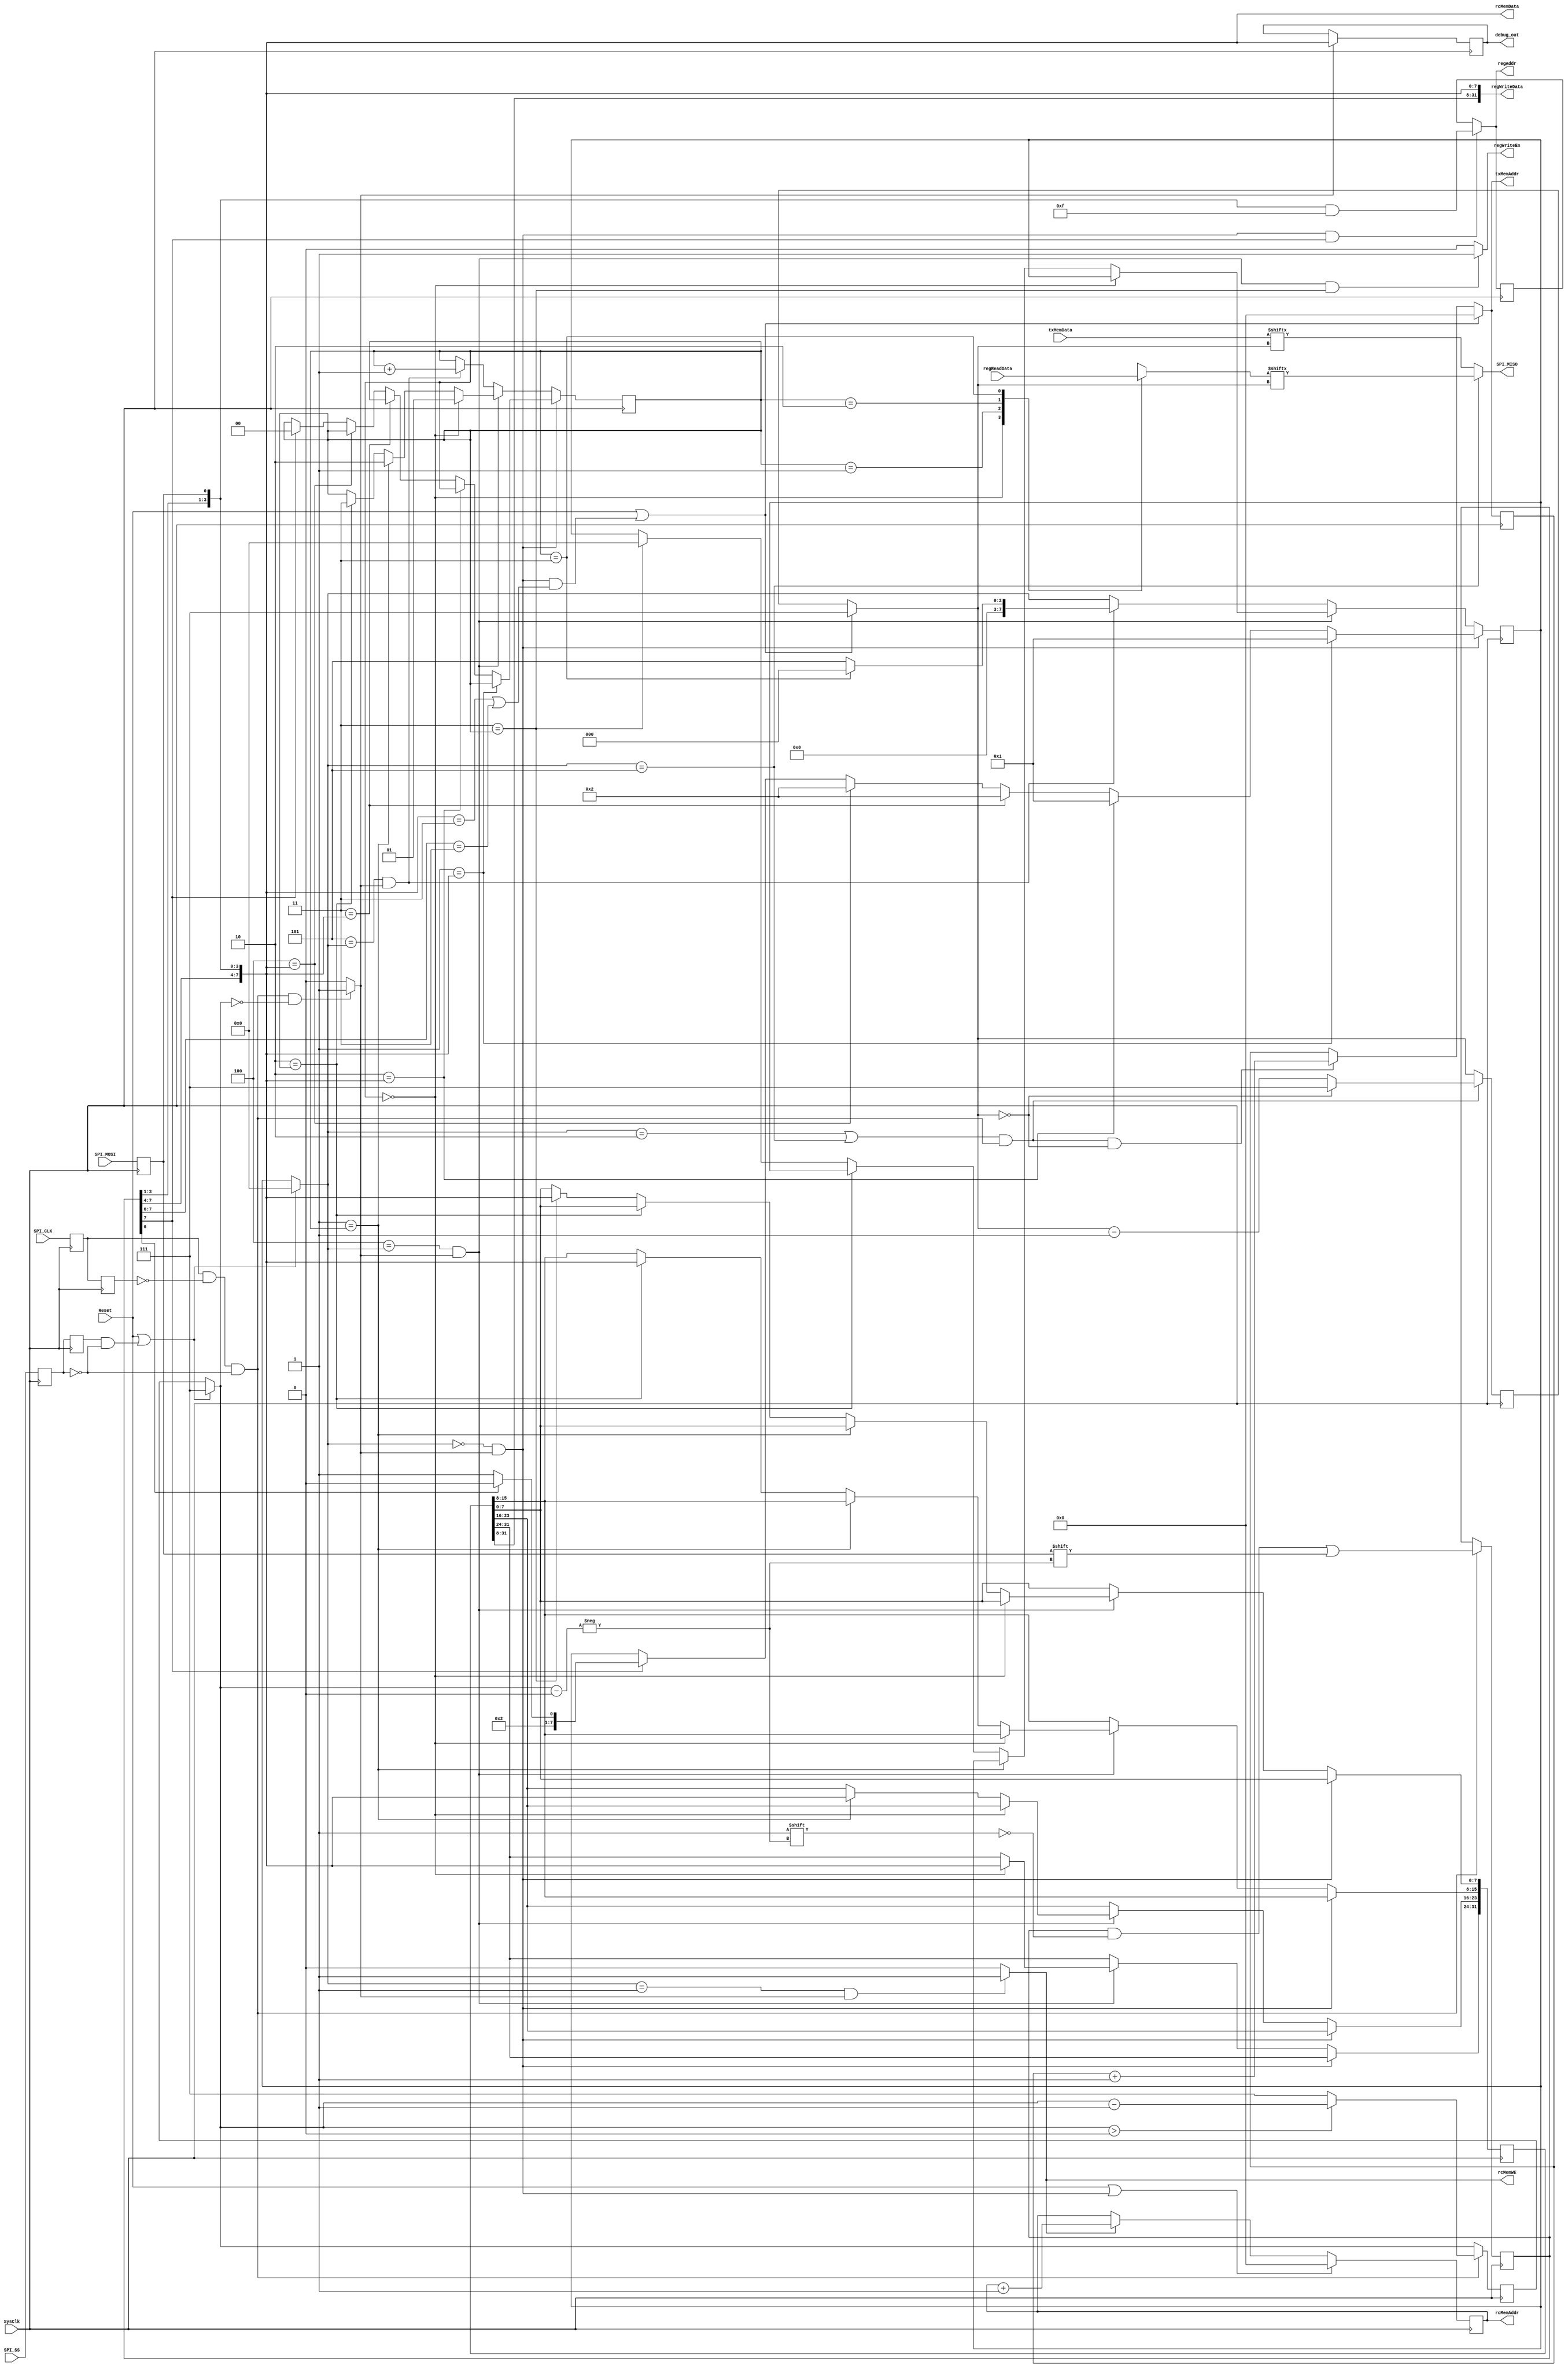
`timescale 1ns / 1ps
//////////////////////////////////////////////////////////////////////////////////
// Company: 
// Engineer: 
// 
// Design Name: 
// Module Name:    spiifc 
// Project Name: 
// Target Devices: 
// Tool versions: 
// Description: 
//
// Dependencies: 
//
// Revision: 
// Revision 0.01 - File Created
// Additional Comments: 
//
//////////////////////////////////////////////////////////////////////////////////
module spiifc(
  Reset,
  SysClk,
  SPI_CLK,
  SPI_MISO,
  SPI_MOSI,
  SPI_SS,
  txMemAddr,
  txMemData,
  rcMemAddr,
  rcMemData,
  rcMemWE,
  regAddr,
  regReadData,
  regWriteEn,
  regWriteData,
  debug_out
);

//
// Parameters
//
parameter AddrBits = 12;
parameter RegAddrBits = 4;

//
// Defines
//
`define CMD_READ_START    8'd1
`define CMD_READ_MORE     8'd2
`define CMD_WRITE_START   8'd3
`define CMD_WRITE_MORE    8'd4
`define CMD_INTERRUPT     8'd5

`define CMD_REG_BASE      8'd128
`define CMD_REG_BIT       7
`define CMD_REG_WE_BIT    6
`define CMD_REG_ID_MASK   8'h3F

`define STATE_GET_CMD     8'd0
`define STATE_READING     8'd1
`define STATE_WRITING     8'd2
`define STATE_WRITE_INTR  8'd3
`define STATE_BUILD_WORD  8'd4
`define STATE_SEND_WORD   8'd5

//
// Input/Outputs
//
input                    Reset;
input                    SysClk;

input                    SPI_CLK;
output                   SPI_MISO;     // outgoing (from respect of this module)
input                    SPI_MOSI;     // incoming (from respect of this module)
input                    SPI_SS;

output [AddrBits-1:0]    txMemAddr;    // outgoing data
input           [7:0]    txMemData;
output [AddrBits-1:0]    rcMemAddr;    // incoming data
output          [7:0]    rcMemData;
output                   rcMemWE;

output [RegAddrBits-1:0] regAddr;       // Register read address (combinational)
input             [31:0] regReadData;   // Result of register read
output                   regWriteEn;    // Enable write to register, otherwise read
output            [31:0] regWriteData;  // Register write data


output          [7:0] debug_out;

//
// Registers
//
reg                   SPI_CLK_reg;    // Stabalized version of SPI_CLK
reg                   SPI_SS_reg;     // Stabalized version of SPI_SS
reg                   SPI_MOSI_reg;   // Stabalized version of SPI_MOSI

reg                   prev_spiClk;    // Value of SPI_CLK during last SysClk cycle
reg                   prev_spiSS;     // Value of SPI_SS during last SysClk cycle
reg             [7:0] state_reg;      // Register backing the 'state' wire
reg             [7:0] rcByte_reg;     // Register backing 'rcByte'
reg             [2:0] rcBitIndex_reg; // Register backing 'rcBitIndex'
reg    [AddrBits-1:0] rcMemAddr_reg;  // Byte addr to write MOSI data to
reg             [7:0] debug_reg;      // register backing debug_out signal
reg             [2:0] txBitIndex_reg; // Register backing txBitIndex
reg    [AddrBits-1:0] txMemAddr_reg;  // Register backing txAddr

reg             [7:0] command;        // Command being handled
reg            [31:0] rcWord;         // Incoming word being built
reg             [1:0] rcWordByteId;   // Which byte the in the rcWord to map to
reg [RegAddrBits-1:0] regAddr_reg;    // Address of register to read/write to

//
// Wires
//
wire                  risingSpiClk;       // Did the SPI_CLK rise since last SysClk cycle?
wire                  validSpiBit;        // Are the SPI MOSI/MISO bits new and valid?
reg             [7:0] state;              // Current state in the module's state machine (always @* effectively wire)
wire                  rcByteValid;        // rcByte is valid and new
wire            [7:0] rcByte;             // Byte received from master
wire            [2:0] rcBitIndex;         // Bit of rcByte to write to next
reg             [2:0] txBitIndex;         // bit of txByte to send to master next
reg    [AddrBits-1:0] txMemAddr_oreg;     // Wirereg piped to txMemAddr output
reg             [7:0] regReadByte_oreg;   // Which byte of the reg word we're reading out master

// Save buffered SPI inputs
always @(posedge SysClk) begin
  SPI_CLK_reg <= SPI_CLK;
  SPI_SS_reg <= SPI_SS;
  SPI_MOSI_reg <= SPI_MOSI;
end

// Detect new valid bit
always @(posedge SysClk) begin
  prev_spiClk <= SPI_CLK_reg;
end
assign risingSpiClk = SPI_CLK_reg & (~prev_spiClk);
assign validSpiBit = risingSpiClk & (~SPI_SS_reg);

// Detect new SPI packet (SS dropped low)
always @(posedge SysClk) begin
  prev_spiSS <= SPI_SS_reg;
end
assign packetStart = prev_spiSS & (~SPI_SS_reg);

// Build incoming byte
always @(posedge SysClk) begin
  if (validSpiBit) begin
    rcByte_reg[rcBitIndex] <= SPI_MOSI_reg;
    rcBitIndex_reg <= (rcBitIndex > 0 ? rcBitIndex - 1 : 7);
  end else begin
    rcBitIndex_reg <= rcBitIndex;
  end
end
assign rcBitIndex = (Reset || packetStart ? 7 : rcBitIndex_reg); 
assign rcByte = {rcByte_reg[7:1], SPI_MOSI_reg};
assign rcByteValid = (validSpiBit && rcBitIndex == 0 ? 1 : 0);

// Incoming MOSI data buffer management
assign rcMemAddr = rcMemAddr_reg;
assign rcMemData = rcByte;
assign rcMemWE = (state == `STATE_READING && rcByteValid ? 1 : 0);
always @(posedge SysClk) begin
  if (Reset || (`STATE_GET_CMD == state && rcByteValid)) begin
    rcMemAddr_reg <= 0;
  end else if (rcMemWE) begin
    rcMemAddr_reg <= rcMemAddr + 1;
  end else begin
    rcMemAddr_reg <= rcMemAddr;
  end
end

// Outgoing MISO data buffer management
always @(*) begin
  if (Reset || (state == `STATE_GET_CMD && rcByteValid && 
                  (rcByte == `CMD_WRITE_START || 
                   rcByte[`CMD_REG_BIT:`CMD_REG_WE_BIT] == 2'b11)
                )) begin
    txBitIndex <= 3'd7;
    txMemAddr_oreg <= 0;
  end else begin
    txBitIndex <= txBitIndex_reg;

    //txMemAddr_oreg <= txMemAddr_reg;
    if ((state == `STATE_WRITING || state == `STATE_SEND_WORD) && 
        validSpiBit && txBitIndex == 0) begin
      txMemAddr_oreg <= txMemAddr_reg + 1;
    end else begin
      txMemAddr_oreg <= txMemAddr_reg;
    end
    
  end
end
always @(posedge SysClk) begin
  if (validSpiBit && (state == `STATE_WRITING || state == `STATE_SEND_WORD)) begin
    txBitIndex_reg <= (txBitIndex == 0 ? 7 : txBitIndex - 1);
  end else begin
    txBitIndex_reg <= txBitIndex;
  end

  txMemAddr_reg <= txMemAddr;
//  if (state == `STATE_WRITING && validSpiBit && txBitIndex == 0) begin
//    txMemAddr_reg <= txMemAddr + 1;
//  end else begin
//    txMemAddr_reg <= txMemAddr;  
//  end
end
assign txMemAddr = txMemAddr_oreg;
assign SPI_MISO = (state == `STATE_SEND_WORD ? regReadByte_oreg[txBitIndex] : txMemData[txBitIndex]);

// State machine
always @(*) begin
  if (Reset || packetStart) begin
    state <= `STATE_GET_CMD;
// Handled in state_reg logic, should be latched, not immediate.
//  end else if (state_reg == `STATE_GET_CMD && rcByteValid) begin
//    state <= rcByte;
  end else begin
    state <= state_reg;
  end
end
always @(posedge SysClk) begin
  if (`STATE_GET_CMD == state && rcByteValid) begin
    if (`CMD_READ_START == rcByte) begin
      state_reg <= `STATE_READING;
    end else if (`CMD_READ_MORE == rcByte) begin
      state_reg <= `STATE_READING;
    end else if (`CMD_WRITE_START == rcByte) begin
      state_reg <= `STATE_WRITING;
    end else if (`CMD_WRITE_MORE == rcByte) begin
      state_reg <= `STATE_WRITING;
    end else if (rcByte[`CMD_REG_BIT] != 0) begin
      // Register access
      rcWordByteId <= 0;
      command <= `CMD_REG_BASE;               // Write reg           Read reg
      state_reg <= (rcByte[`CMD_REG_WE_BIT] ? `STATE_BUILD_WORD : `STATE_SEND_WORD);      
    end else if (`CMD_INTERRUPT == rcByte) begin
      // TODO: NYI
    end
  end else if (`STATE_BUILD_WORD == state && rcByteValid) begin
    if (0 == rcWordByteId) begin
      rcWord[31:24] <= rcByte;
      rcWordByteId <= 1;
    end else if (1 == rcWordByteId) begin
      rcWord[23:16] <= rcByte;
      rcWordByteId <= 2;
    end else if (2 == rcWordByteId) begin
      rcWord[15:8] <= rcByte;
      rcWordByteId <= 3;
    end else if (3 == rcWordByteId) begin
      rcWord[7:0] <= rcByte;
      state_reg <= `STATE_GET_CMD;
    end
  end else if (`STATE_SEND_WORD == state && rcByteValid) begin
    rcWordByteId <= rcWordByteId + 1;
    state_reg <= (rcWordByteId == 3 ? `STATE_GET_CMD : `STATE_SEND_WORD);
      
  end else begin
    state_reg <= state;
  end
end

// Register logic
assign regAddr = (`STATE_GET_CMD == state && rcByteValid && rcByte[`CMD_REG_BIT] ? (rcByte & `CMD_REG_ID_MASK) : regAddr_reg);
assign regWriteEn = (`STATE_BUILD_WORD == state && rcByteValid && 3 == rcWordByteId ? 1 : 0);
assign regWriteData = {rcWord[31:8], rcByte};
always @(posedge SysClk) begin
  regAddr_reg <= regAddr;
end
always @(*) begin
  case (rcWordByteId)
    0: regReadByte_oreg <= regReadData[31:24];
    1: regReadByte_oreg <= regReadData[23:16];
    2: regReadByte_oreg <= regReadData[15:8];
    3: regReadByte_oreg <= regReadData[7:0];
  endcase
end

// Debugging
always @(posedge SysClk) begin
  if (rcByteValid) begin
    debug_reg <= rcByte;
  end
end
assign debug_out = debug_reg;

endmodule